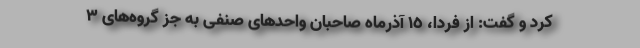
کرد و گفت: از فردا، ١٥ آذرماه صاحبان واحدهای صنفی به جز گروه‌های ٣